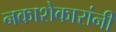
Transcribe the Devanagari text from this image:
नकाशेकारांनी